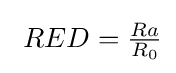
\ RED=\textstyle {\frac {Ra}{R_{0}}}